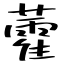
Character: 藿